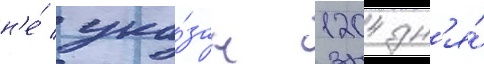
н'е́ ука́зан 1204 дн'я́